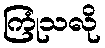
ကြုံသလို